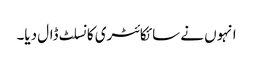
انہوں‌ نے سائکائٹری کانسلٹ ڈال دیا۔